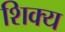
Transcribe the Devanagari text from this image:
शिक्य